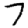
Digit: 7